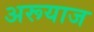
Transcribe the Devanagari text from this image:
अरूयाज